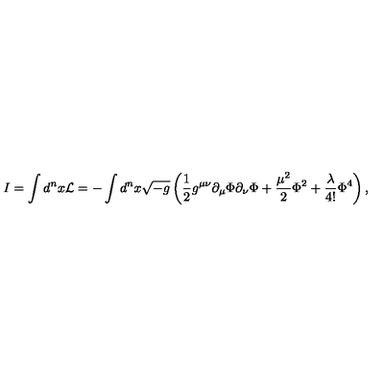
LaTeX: I = \int d ^ { n } x { \cal L } = - \int d ^ { n } x \sqrt { - g } \left( \frac { 1 } { 2 } g ^ { \mu \nu } \partial _ { \mu } \Phi \partial _ { \nu } \Phi + \frac { \mu ^ { 2 } } { 2 } \Phi ^ { 2 } + \frac { \lambda } { 4 ! } \Phi ^ { 4 } \right) ,